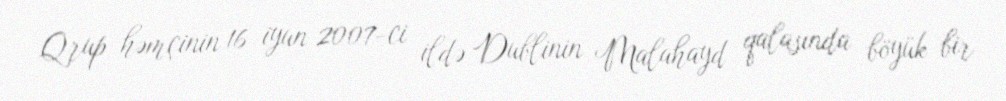
Qrup həmçinin 16 iyun 2007-ci ildə Dublinin Malahayd qalasında böyük bir